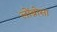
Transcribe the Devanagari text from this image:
लोंब्रोसा